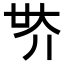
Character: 𡗾